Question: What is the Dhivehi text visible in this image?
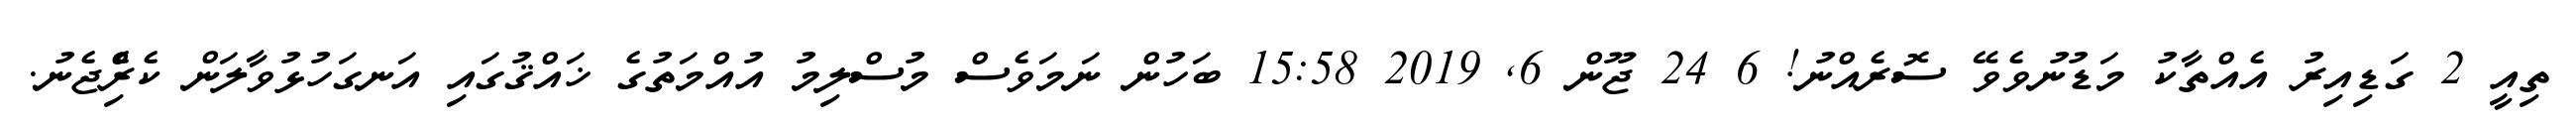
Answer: ތިއީ 2 ގަޑިއިރު އެއްތާކު މަޑުނުވެވޭ ސޮރެއްނު! 6 24 ޖޫން 6, 2019 15:58 ބަހުން ނަމަވެސް މުސްލިމު އުއްމަތުގެ ޚައްޤުގައި އަނގަހުޅުވާލަން ކެރިެްޖެނު.